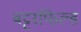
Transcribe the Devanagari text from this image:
बट्टरफिल्ड